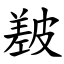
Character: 㿷